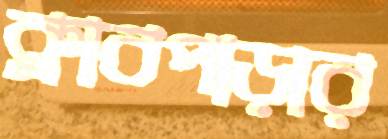
ক্লাবপাড়ার